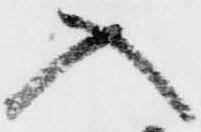
入